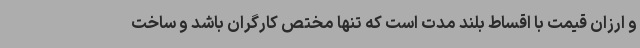
و ارزان قیمت با اقساط بلند مدت است که تنها مختص کارگران باشد و ساخت